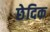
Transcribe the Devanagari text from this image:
छेदिक